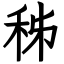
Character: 秭